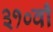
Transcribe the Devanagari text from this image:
३१०वाँ